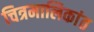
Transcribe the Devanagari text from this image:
चित्रमालिकांत